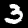
Digit: 3